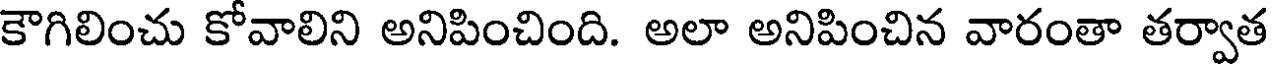
కౌగిలించు కోవాలిని అనిపించింది. అలా అనిపించిన వారంతా తర్వాత